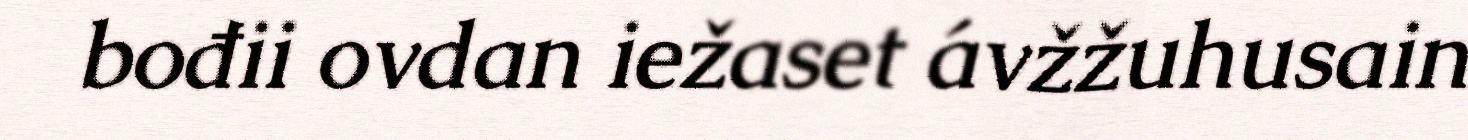
bođii ovdan iežaset ávžžuhusain